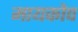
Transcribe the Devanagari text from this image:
मायकोप